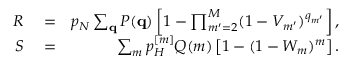
\begin{array} { r l r } { R } & { { } = } & { p _ { N } \sum _ { { \bf q } } P ( { \bf q } ) \left[ 1 - \prod _ { m ^ { \prime } = 2 } ^ { M } ( 1 - V _ { m ^ { \prime } } ) ^ { q _ { m ^ { \prime } } } \right] , } \\ { S } & { { } = } & { \sum _ { m } p _ { H } ^ { [ m ] } Q ( m ) \left[ 1 - ( 1 - W _ { m } ) ^ { m } \right] . } \end{array}